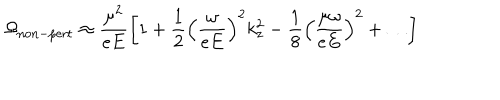
LaTeX: \Omega _ { \mathrm { n o n - p e r t } } \approx \frac { \mu ^ { 2 } } { e E } \left[ 1 + \frac { 1 } { 2 } \left( \frac { \omega } { e E } \right) ^ { 2 } k _ { z } ^ { 2 } - \frac { 1 } { 8 } \left( \frac { \mu \omega } { e E } \right) ^ { 2 } + \dots \right]